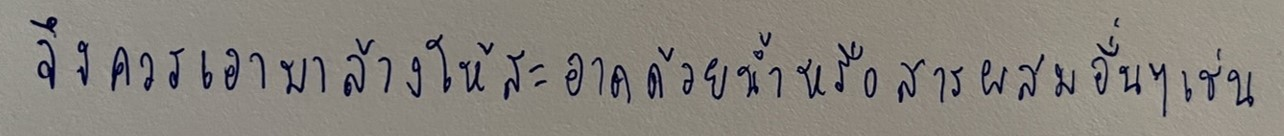
จึงควรเอามาล้างให้สะอาดด้วยน้ำหรือสารผสมอื่นๆเช่น